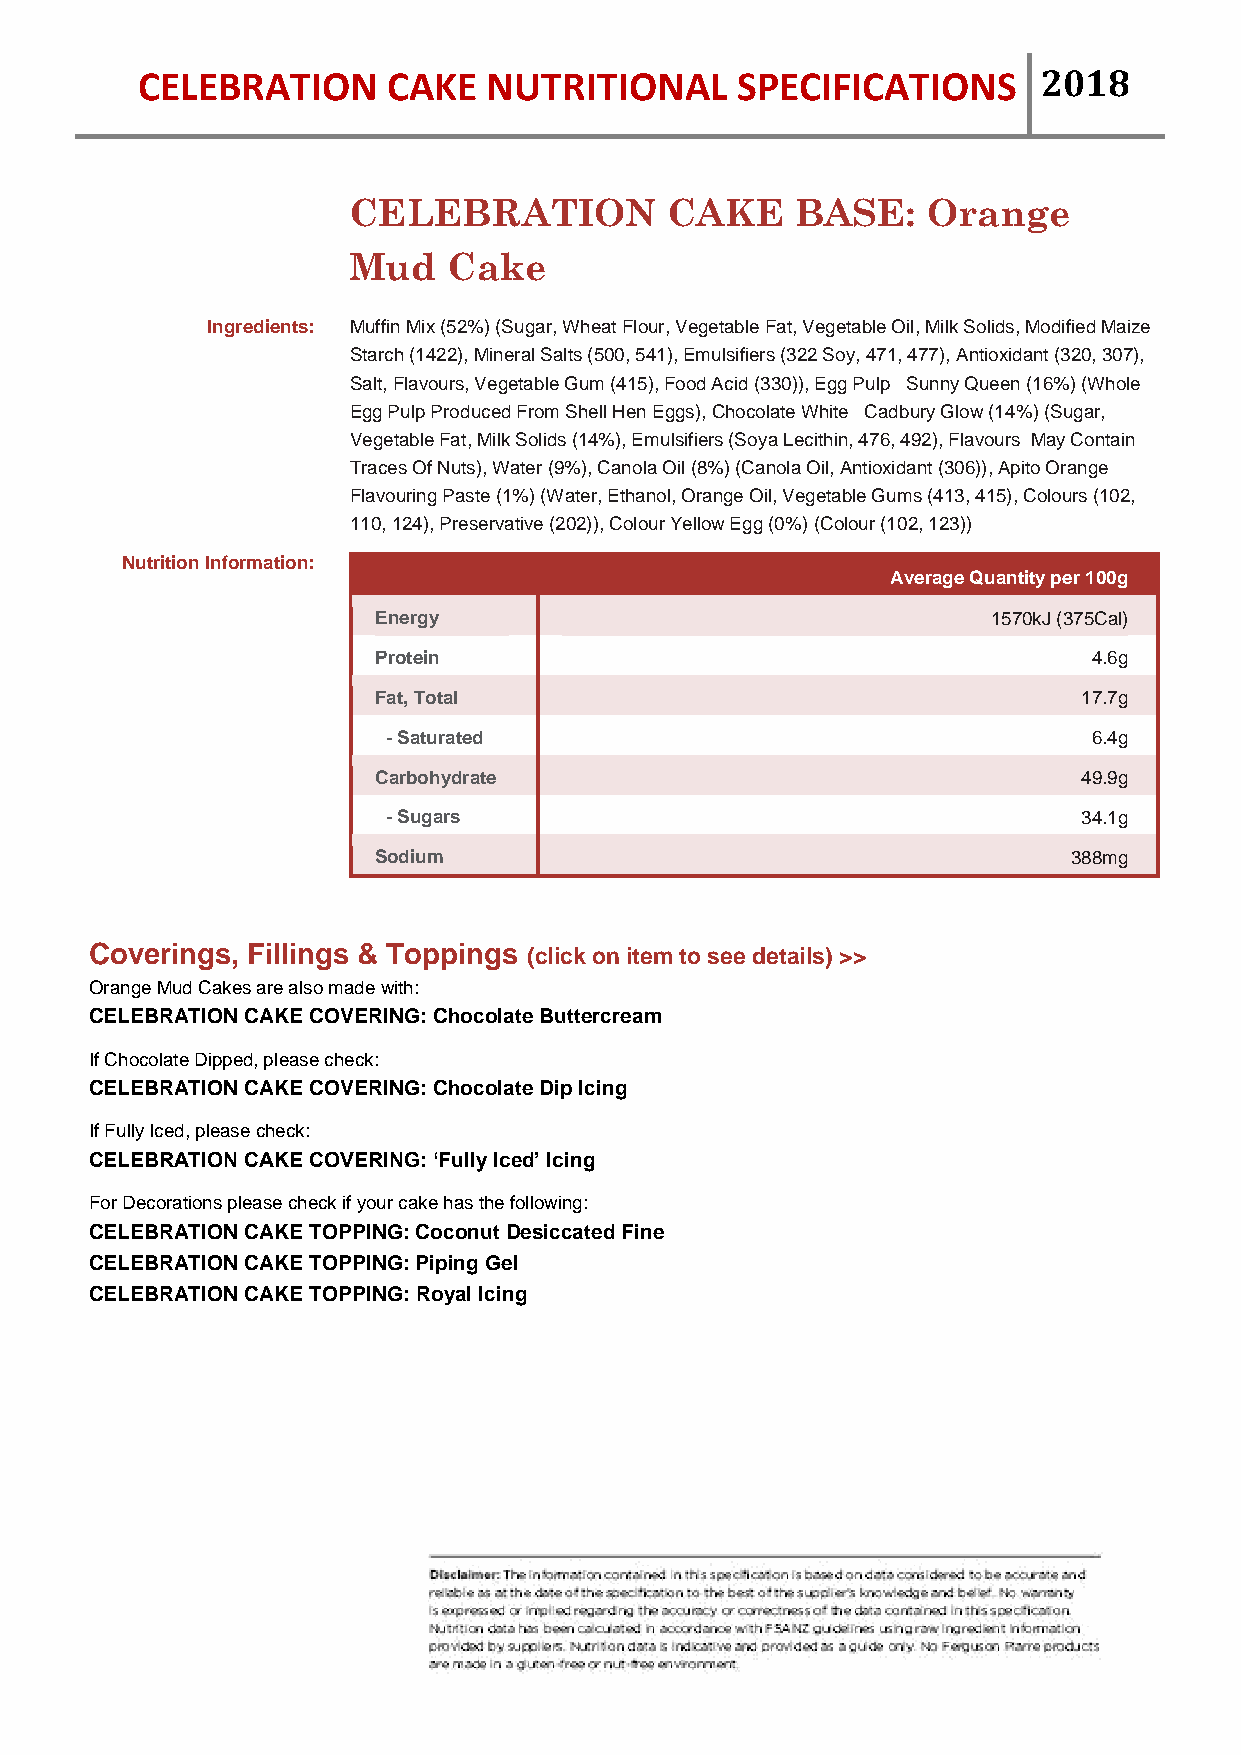
CELEBRATION      CAKE  NUTRITIONAL      SPECIFICATIONS      2018
 CELEBRATION          CAKE     BASE:   Orange
 Mud    Cake
 Ingredients: Muffin Mix (52%) (Sugar, Wheat Flour, Vegetable Fat, Vegetable Oil, Milk Solids, Modified Maize
 Starch (1422), Mineral Salts (500, 541), Emulsifiers (322 Soy, 471, 477), Antioxidant (320, 307),
 Salt, Flavours, Vegetable Gum (415), Food Acid (330)), Egg Pulp Sunny Queen (16%) (Whole
 Egg Pulp Produced From Shell Hen Eggs), Chocolate White Cadbury Glow (14%) (Sugar,
 Vegetable Fat, Milk Solids (14%), Emulsifiers (Soya Lecithin, 476, 492), Flavours May Contain
 Traces Of Nuts), Water (9%), Canola Oil (8%) (Canola Oil, Antioxidant (306)), Apito Orange
 Flavouring Paste (1%) (Water, Ethanol, Orange Oil, Vegetable Gums (413, 415), Colours (102,
 110, 124), Preservative (202)), Colour Yellow Egg (0%) (Colour (102, 123))
 Nutrition Information:
 Average Quantity per 100g
 Energy                                   1570kJ (375Cal)
 Protein                                        4.6g
 Fat, Total                                     17.7g
 - Saturated                                   6.4g
 Carbohydrate                                   49.9g
 - Sugars                                      34.1g
 Sodium                                        388mg
 Coverings, Fillings & Toppings (click on item to see details) >>
 Orange Mud Cakes are also made with:
 CELEBRATION CAKE COVERING: Chocolate Buttercream
 If Chocolate Dipped, please check:
 CELEBRATION CAKE COVERING: Chocolate Dip Icing
 If Fully Iced, please check:
 CELEBRATION CAKE COVERING: ‘Fully Iced’ Icing
 For Decorations please check if your cake has the following:
 CELEBRATION CAKE TOPPING: Coconut Desiccated Fine
 CELEBRATION CAKE TOPPING: Piping Gel
 CELEBRATION CAKE TOPPING: Royal Icing